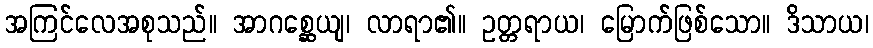
အကြင်လေအစုသည်။ အာဂစ္ဆေယျ၊ လာရာ၏။ ဥတ္တရာယ၊ မြောက်ဖြစ်သော။ ဒိသာယ၊